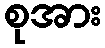
စုအား